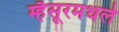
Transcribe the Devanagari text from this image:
म्हैसूरमधले